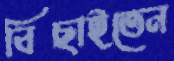
বিছাইতেন